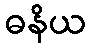
ဓနိယ